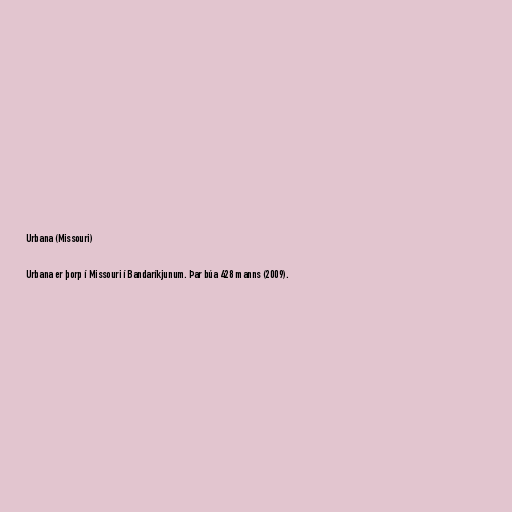
Urbana (Missouri)

Urbana er þorp í Missouri í Bandaríkjunum. Þar búa 428 manns (2009).